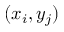
( x _ { i } , y _ { j } )